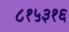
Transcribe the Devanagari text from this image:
८१५३१६